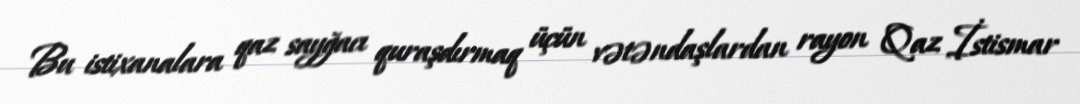
Bu istixanalara qaz sayğacı quraşdırmaq üçün vətəndaşlardan rayon Qaz İstismar